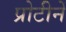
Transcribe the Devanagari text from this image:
प्रोटीनें